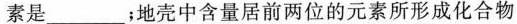
素是___；地壳中含量居前两位的元素所形成化合物